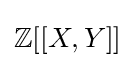
\mathbb {Z} [[X,Y]]